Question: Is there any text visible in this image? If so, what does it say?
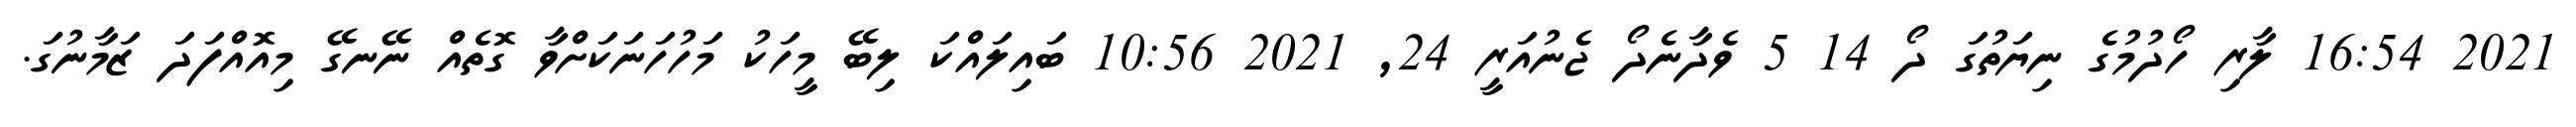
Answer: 2021 16:54 ލާރި ހޯދުމުގެ ނިޔަތުގަ ދޯ 14 5 ވެދާނެދޯ ޖެނުއަރީ 24, 2021 10:56 ބައިލައްކަ ލިބޭ މީހަކު މަހުހަނަކަށްވާ ގޮތެއް ނޭނގޭ މިއޮއްފަދަ ޒަމާނުގަ.